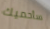
سأحميك